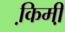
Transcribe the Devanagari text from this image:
कि़मी़